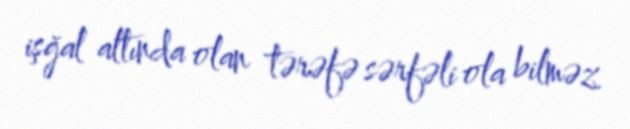
işğal altında olan tərəfə sərfəli ola bilməz.